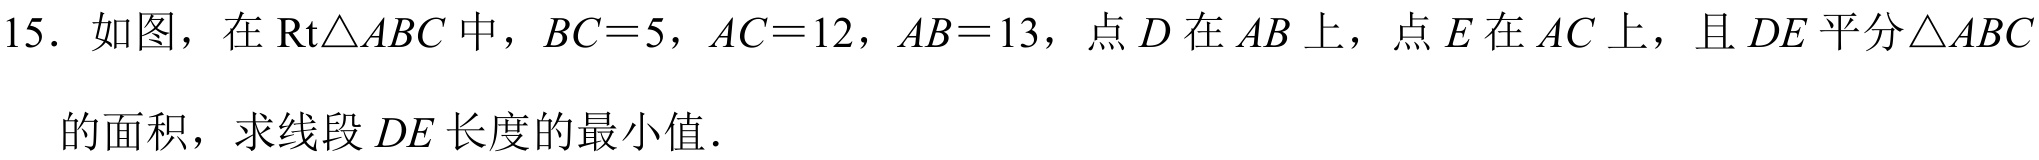
15. 如图，在\(\text{Rt}\triangle ABC\)中，\(BC = 5\)，\(AC = 12\)，\(AB = 13\)，点\(D\)在\(AB\)上，点\(E\)在\(AC\)上，且\(DE\)平分\(\triangle ABC\)的面积，求线段\(DE\)长度的最小值．